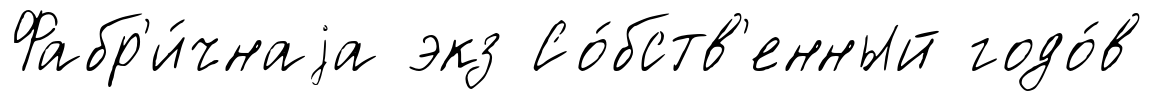
Фабр'и́чнаjа экз Со́бств'енный годо́в